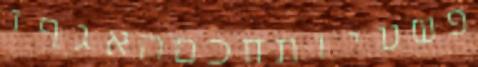
פשעיותחכםהאגףו